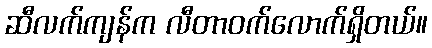
ဆီလက်ကျန်က လီတာဝက်လောက်ရှိတယ်။